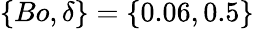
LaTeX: \{ Bo,\delta\} =\{ 0.06,0.5\}